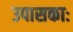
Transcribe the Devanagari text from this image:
उपासकाः